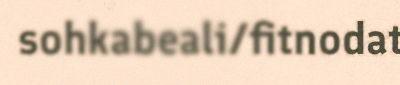
sohkabeali/fitnodat